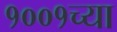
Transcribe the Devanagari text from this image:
१००१च्या